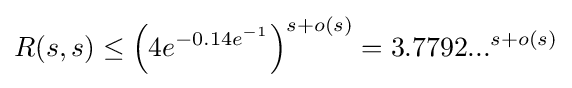
R(s,s)\leq \left(4e^{-0.14e^{-1}}\right)^{s+o(s)}=3.7792...^{s+o(s)}